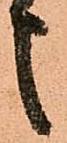
之